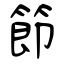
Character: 節